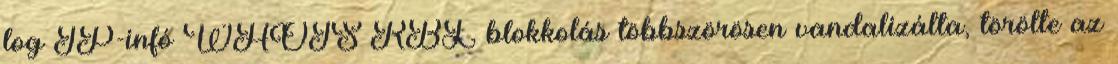
log IP-infó WHOIS RBL blokkolás többszörösen vandalizálta, törölte az